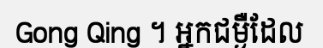
Gong Qing ។ អ្នកជម្ងឺដែល